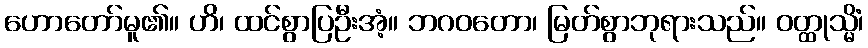
ဟောတော်မူ၏။ ဟိ၊ ထင်စွာပြဦးအံ့။ ဘဂဝတော၊ မြတ်စွာဘုရားသည်။ ဝတ္ထုသ္မိံ၊